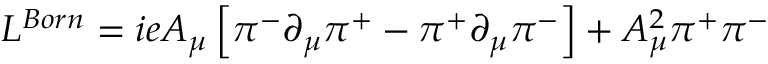
L ^ { B o r n } = i e A _ { \mu } \left[ \pi ^ { - } \partial _ { \mu } \pi ^ { + } - \pi ^ { + } \partial _ { \mu } \pi ^ { - } \right] + A _ { \mu } ^ { 2 } \pi ^ { + } \pi ^ { - }